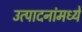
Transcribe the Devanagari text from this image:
उत्पादनांमध्‍ये